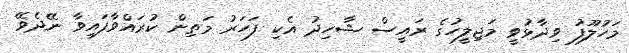
މަހުލޫފު ވިދާޅުވީ މަޖިލީހުގެ ރައީސް ޝާހިދު އެކި ފަހަރު މަތިން ކުރައްވާފައިވާ ނޭދެވޭ